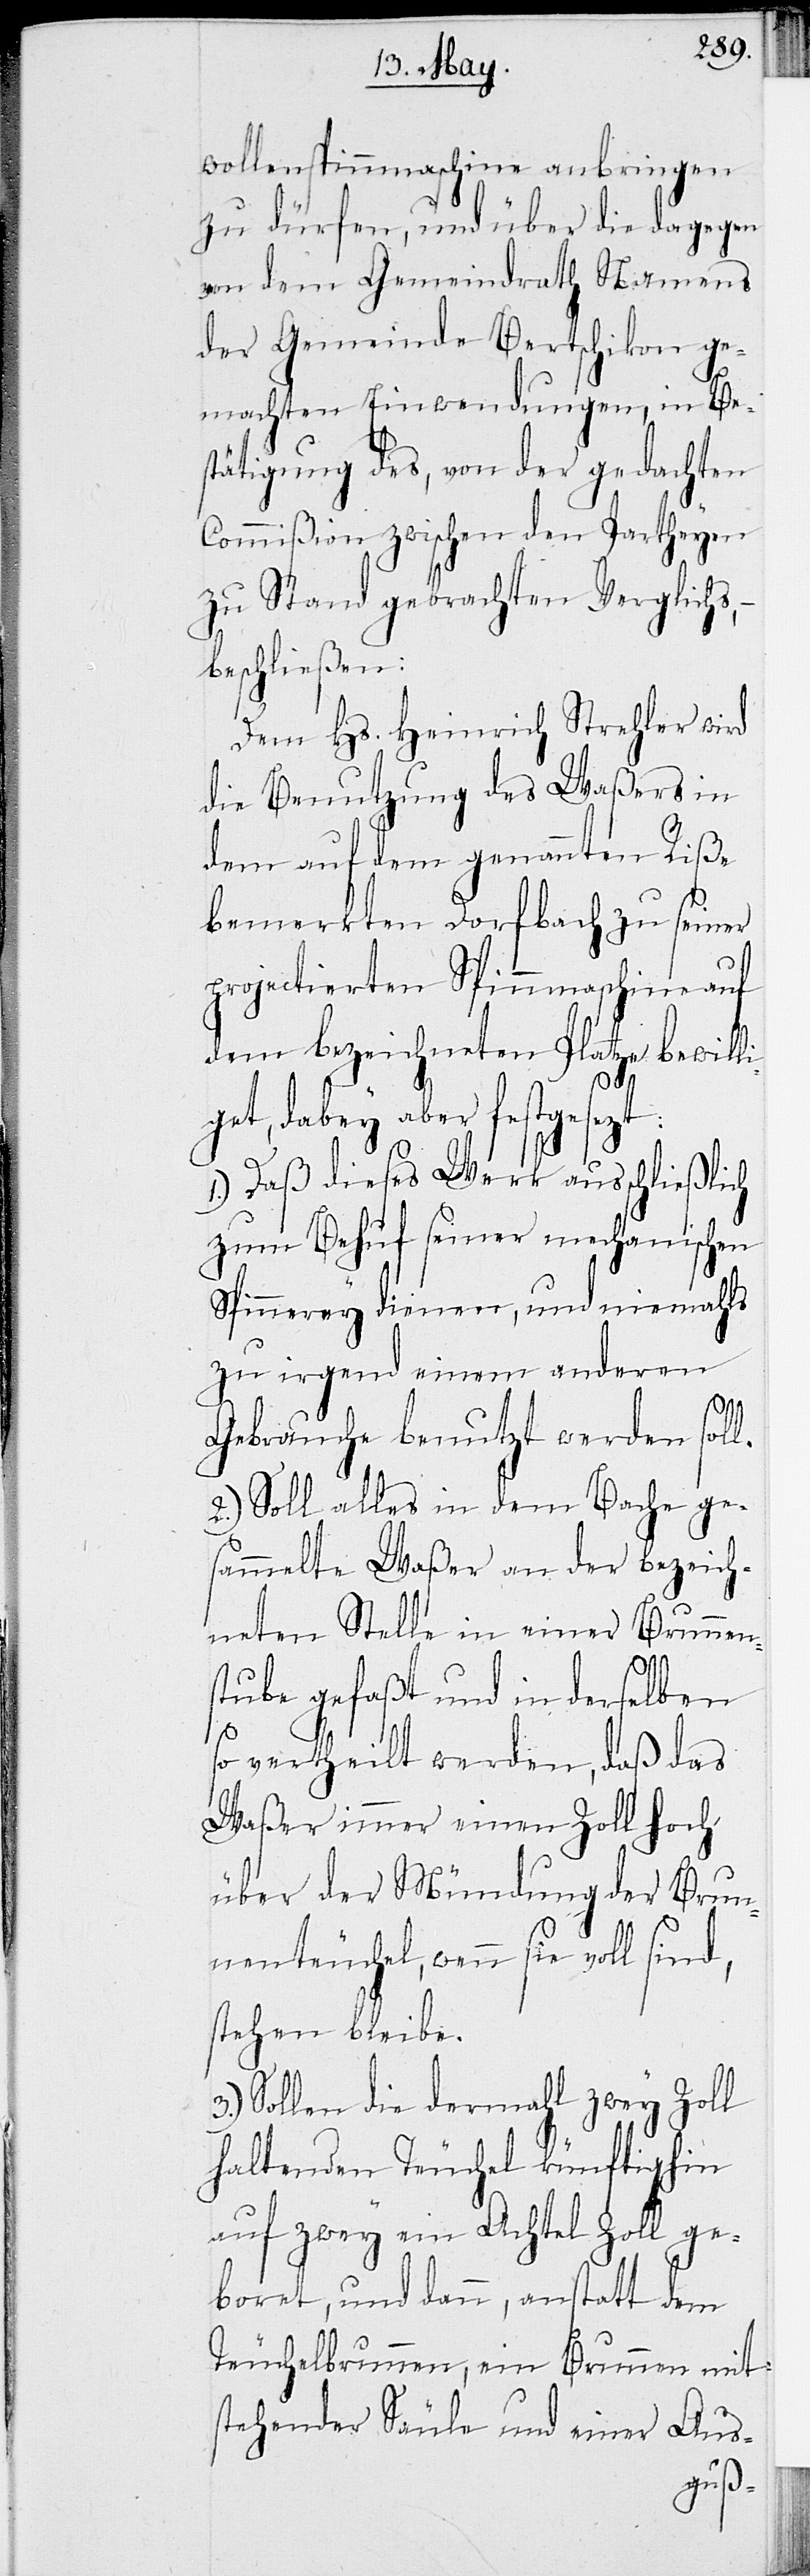
wollenspinnmaschine anbringen
zu dürfen, und über die dagegen
von dem Gemeindrath Namens
der Gemeinde Bertschikon ge¬
machten Einwendungen, in Be¬
stätigung des, von der gedachten
Commißion zwischen den Partheyen
zu Stand gebrachten Vergleichs,
beschließen:
Dem Hs. Heinrich Strehler wird
die Benutzung des Waßers in
dem auf dem genannten Riße
bemerkten Dorfbach zu seiner
projectierten Spinnmaschine auf
dem bezeichneten Platze bewill¬
iget, dabey aber festgesetzt:
1.) Daß dieses Werk ausschließlich
zum Behuf seiner mechanischen
Spinnerey dienen, und niemahls
zu irgend einem anderen
Gebrauche benutzt werden soll.
2.) Soll alles in dem Bache ge¬
sammelte Waßer an der bezeich¬
neten Stelle in einer Brunnen¬
stube gefaßt und in derselben
so vertheilt werden, daß das
Waßer immer einen Zoll hoch
über der Mündung der Brun¬
nenteuchel, wenn sie voll sind,
stehen bleibe.
Sollen die dermahl zwey Zoll
haltenden Teuchel künftig hin
auf zwey ein Achtel Zoll ge¬
boret, und dann, anstatt dem
Teuchelbrunnen, ein Brunnen mit
stehender Säule und einer Aus-